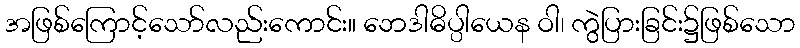
အဖြစ်ကြောင့်သော်လည်းကောင်း။ ဘေဒါဓိပ္ပါယေန ဝါ၊ ကွဲပြားခြင်း၌ဖြစ်သော